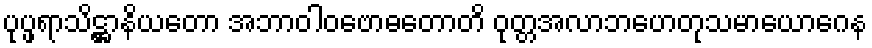
ပုပ္ဖရာသိဋ္ဌာနိယတော အဘာဝါဝဗောဓတောတိ ဝုတ္တအလာဘဟေတုသမာယောဂေန